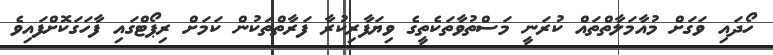
ހޯދައި ވަގަށް މުއާމަލާތްތައް ކުރަނީ މަސްތުވާތަކެތީގެ ވިޔަފާރިކުރާ ފަރާތްތަކުން ކަމަށް ރިޕޯޓްގައި ފާހަގަކޮށްފައިވެ